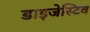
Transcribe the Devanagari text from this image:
डाइजेस्टिव